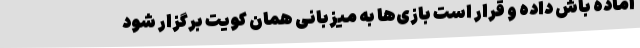
آماده باش داده و قرار است بازی‌ها به میزبانی همان کویت برگزار شود